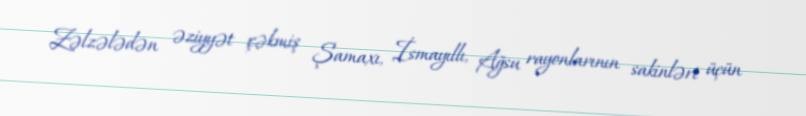
Zəlzələdən əziyyət çəkmiş Şamaxı, İsmayıllı, Ağsu rayonlarının sakinləri üçün